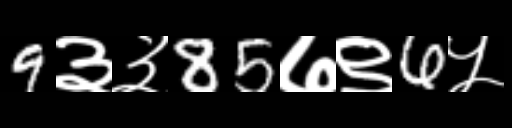
Text: 9३३85७९6५